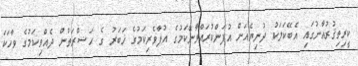
ކީރިތިޤުރުއާނުގައި އެބޭކަލަކު ދުނިޔެއަށް އުފަންކުރައްވާނޭކަމުގެ އުފާވެރިކަމުގެ ޚަބަރު ގެ ޙަޟްރަތުން ދެއްވިކަމުގެ ވާހަކަ